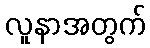
လူနာအတွက်